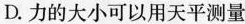
D.力的大小可以用天平测量